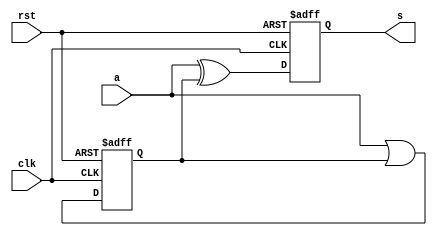
module TCMP(clk, rst, a, s);
    input clk, rst;
    input a;
    output reg s;

    reg z;

    always @(posedge clk  or posedge rst) begin
        if (rst) begin
            //Reset logic goes here.
            s <= 1'b0;
            z <= 1'b0;
        end
        else begin
            //Sequential logic goes here.
            z <= a | z;
            s <= a ^ z;
        end
    end
endmodule

module CSADD(clk, rst, x, y, sum);
    input clk, rst;
    input x, y;
    output reg sum;

    reg sc;

    // Half Adders logic
    wire hsum1, hco1;
    assign hsum1 = y ^ sc;
    assign hco1 = y & sc;

    wire hsum2, hco2;
    assign hsum2 = x ^ hsum1;
    assign hco2 = x & hsum1;

    always @(posedge clk or posedge rst) begin
        if (rst) begin
            //Reset logic goes here.
            sum <= 1'b0;
            sc <= 1'b0;
        end
        else begin
            //Sequential logic goes here.
            sum <= hsum2;
            sc <= hco1 ^ hco2;
        end
    end
endmodule

module SPM(clk, rst, x, y, p);
    parameter size = 32;
    input clk, rst;
    input y;
    input[size-1:0] x;
    output p;

    wire[size-1:1] pp;
    wire[size-1:0] xy;

    genvar i;

    CSADD csa0 (.clk(clk), .rst(rst), .x(x[0]&y), .y(pp[1]), .sum(p));
    generate for(i=1; i<size-1; i=i+1) begin
        CSADD csa (.clk(clk), .rst(rst), .x(x[i]&y), .y(pp[i+1]), .sum(pp[i]));
    end endgenerate
    TCMP tcmp (.clk(clk), .rst(rst), .a(x[size-1]&y), .s(pp[size-1]));

endmodule

module AHB_SPM #(parameter SIZE=32) (
    input  wire         HCLK,      
    input  wire         HRESETn,   
    input  wire         HSEL,      
    input  wire         HREADY,    
    input  wire [1:0]   HTRANS,    
    input  wire [2:0]   HSIZE,     
    input  wire         HWRITE,    
    input  wire [31:0]  HADDR,     
    input  wire [31:0]  HWDATA,    
    output wire         HREADYOUT, 
    output wire [1:0]   HRESP,
    output wire [31:0]  HRDATA
);

    localparam  X_OFF = 0, Y_OFF = 4, P1_OFF = 8, P2_OFF = 12;
    localparam  S0=0, S1=1, S2=2, S3=3;

    reg [7:0]   AHB_ADDR;    
    wire        ahb_access   = HTRANS[1] & HSEL & HREADY;
    wire        _ahb_write_    = ahb_access &  HWRITE;
    wire        ahb_read     = ahb_access & (~HWRITE);
    reg         AHB_WRITE;
    reg         AHB_READ;

    wire        p;
    reg [31:0]  X, Y, P0, P1; 
    reg [7:0]   CNT, ncnt;

    reg [3:0]   STATE, nstate;

    always @(posedge HCLK or negedge HRESETn)
    if(~HRESETn) begin
        AHB_WRITE   <=  1'b0;
        AHB_READ    <=  1'b0;
        AHB_ADDR    <=  8'b0;
    end
    else begin
        AHB_WRITE   <=  _ahb_write_;
        AHB_READ    <=  ahb_read;
        AHB_ADDR    <=  HADDR[7:0];  
    end

    always @(posedge HCLK or negedge HRESETn)
        if(~HRESETn)
            X  <= 32'b0;
        else if(AHB_WRITE && (AHB_ADDR == X_OFF))
            X <= HWDATA;

    always @(posedge HCLK or negedge HRESETn)
        if(~HRESETn)
            Y  <= 32'b0;
        else if(AHB_WRITE && (AHB_ADDR == Y_OFF))
            Y <= HWDATA;
        else if(STATE==S1) Y <= Y >> 1;

    always @(posedge HCLK or negedge HRESETn)
        if(~HRESETn)
            P0  <= 32'b0;
        else if(STATE==S1)
            P0 <= {p,P0[31:1]};

    always @(posedge HCLK or negedge HRESETn)
        if(~HRESETn)
            STATE  <= S0;
        else 
            STATE <= nstate;

    always @*
        case(STATE)
            S0: if(AHB_WRITE && (AHB_ADDR == Y_OFF)) nstate=S1; else nstate=S0;
            S1: if(CNT==31) nstate=S0; else nstate=S1;
        endcase
    
    always @(posedge HCLK or negedge HRESETn)
        if(~HRESETn)
            CNT  <= 8'd0;
        else 
            CNT <= ncnt;

    always @* begin
        ncnt = 0;
        if(CNT==31) ncnt <= 0;
        else if(STATE==S1) ncnt=CNT+1;
    end

    SPM spm(
      .clk(~HCLK),
      .rst(~HRESETn),
      .x(X),
      .y(Y[0]),
      .p(p)
    );

    assign HREADYOUT = (STATE == S0);

    assign HRDATA = P0;

endmodule
/*
module SPM_EXT(clk, rst, X, Y, P, start, done);
    parameter size = 32;
    input clk, rst;
    input [size-1:0] X, Y;
    output reg [size-1:0] P;
    output done;
    input start;

    reg [31:0] Y_reg;
    wire p, y;
    assign y=Y_reg[0];
    reg [1:0] done_state, done_state_next;

    assign done = done_state[1];
    SPM spm(
      .clk(clk),
      .rst(rst),
      .x(X),
      .y(y),
      .p(p));

    reg [7:0] count;

    always @(posedge clk or posedge rst)
      if(rst) count <= 7'd0;
      else if(start) count <= count + 1'd1;
      else if(done) count <= 7'd0;

    always@(posedge clk)
      if(count==0 && start==1) P<= 64'b0;
      else if(!done) P <= {p, P[31:1]};

    always@(posedge clk or posedge rst)
      if(rst) Y_reg <= 0;
      else if(count==0 && start==1) Y_reg<= Y;
      else if(!done) Y_reg <= (Y_reg>>1);

    always @(posedge clk or posedge rst)
      if(rst) done_state <= 2'd00;
      else done_state <= done_state_next;

    always @* begin
        done_state_next = done_state;
      case (done_state)
        2'b00: if(start) done_state_next = 2'b01;
        2'b01: if(count==8'd33) done_state_next = 2'b10;
        2'b10: done_state_next = 2'b11;
        2'b11: done_state_next = 2'b00;
        default: done_state_next = done_state;
      endcase
    end
      //else if(count==7'd33) done <= 1;
      //else if(start) done <= 0;

endmodule
*/
/*
module spm_tb;
reg clk, rst, start;
wire p;


wire done;

initial begin
  rst = 0;
  clk = 0;

  start = 0;
  #100;
  rst = 1;
  #500;
  rst = 0;
  #1000;
  @(posedge clk);
  start = 1;
  @(posedge done);
  start = 0;
end

always #10 clk = ~clk;

initial begin
  $dumpfile("spm.vcd");
  $dumpvars(0);
  #100_000 ;
  $display("Timeout -- Exiting");
  $finish;
end

wire [31:0] P;

SPM_EXT spm_dut(.clk(clk), .rst(rst), .X(-15), .Y(20), .P(P), .start(start), .done(done));

endmodule
*/